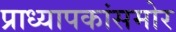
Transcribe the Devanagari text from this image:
प्राध्यापकांसमोर